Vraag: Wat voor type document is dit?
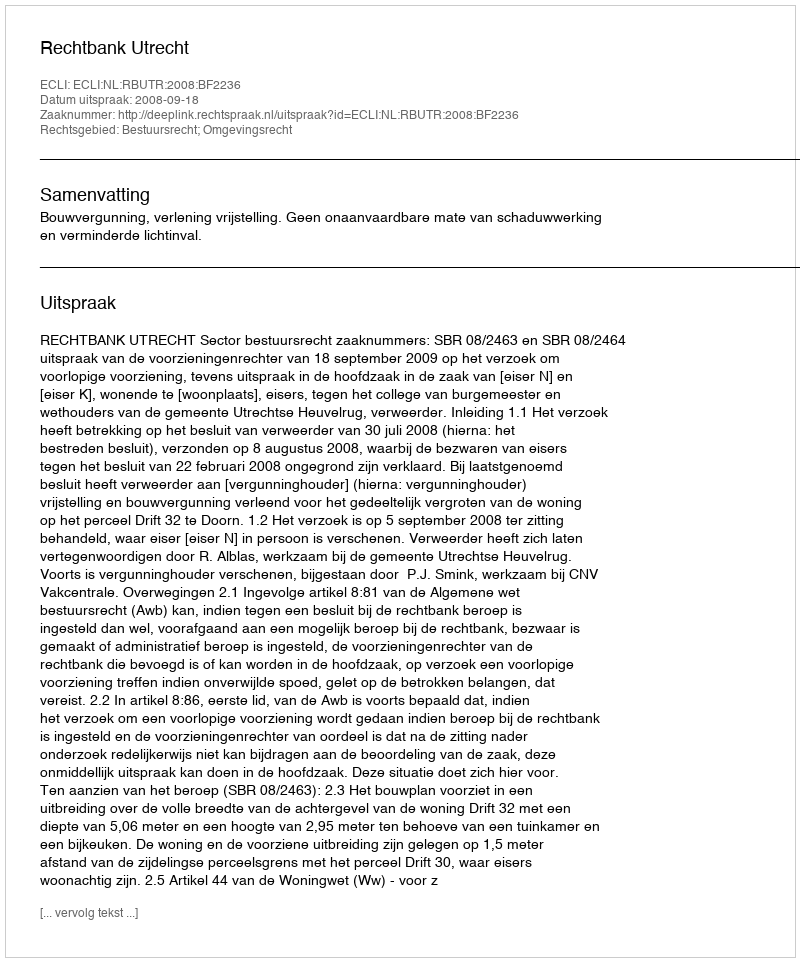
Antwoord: Uitspraak